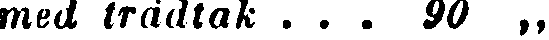
med trädtak ... 90 „